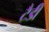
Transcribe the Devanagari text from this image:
टैडी